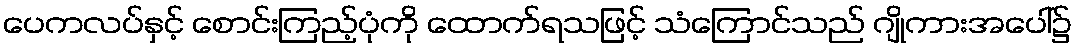
ပေကလပ်နှင့် စောင်းကြည့်ပုံကို ထောက်ရသဖြင့် သံကြောင်သည် ဂျိုကားအပေါ်၌